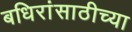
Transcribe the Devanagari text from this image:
बधिरांसाठीच्या